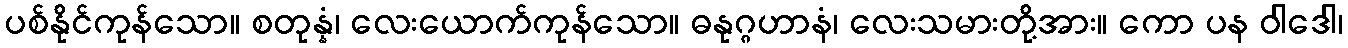
ပစ်နိုင်ကုန်သော။ စတုန္နံ၊ လေးယောက်ကုန်သော။ ဓနုဂ္ဂဟာနံ၊ လေးသမားတို့အား။ ကော ပန ဝါဒေါ၊